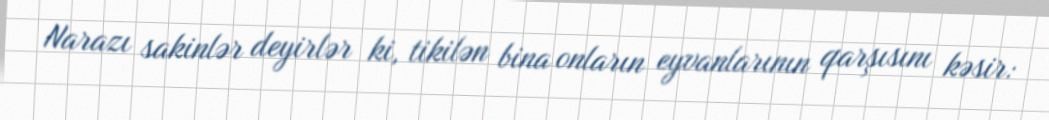
Narazı sakinlər deyirlər ki, tikilən bina onların eyvanlarının qarşısını kəsir: